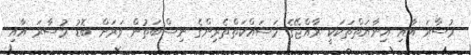
މުސާރަ އާއި އިނާޔަތްތަކަކީ ރާއްޖޭގެ މަސައްކަތްތެރިންގެ ނިސްބަތުން ވަރަށް ބޮޑު މުސާރަ އާއި